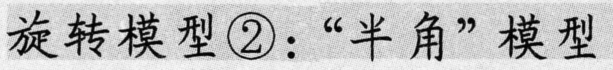
旋转模型\textcircled{2}：“半角”模型